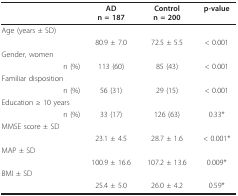
|  | ADn = 187 | Controln = 200 | p-value |
 | --- | --- | --- | --- |
 | Age (years ± SD) |  |  |  |
 |  | 80.9 ± 7.0 | 72.5 ± 5.5 | < 0.001 |
 | Gender, women |  |  |  |
 | n (%) | 113 (60) | 85 (43) | < 0.001 |
 | Familiar disposition |  |  |  |
 | n (%) | 56 (31) | 29 (15) | < 0.001 |
 | Education ≥ 10 years |  |  |  |
 | n (%) | 33 (17) | 126 (63) | 0.33* |
 | MMSE score ± SD |  |  |  |
 |  | 23.1 ± 4.5 | 28.7 ± 1.6 | < 0.001* |
 | MAP ± SD |  |  |  |
 |  | 100.9 ± 16.6 | 107.2 ± 13.6 | 0.009* |
 | BMI ± SD |  |  |  |
 |  | 25.4 ± 5.0 | 26.0 ± 4.2 | 0.59* |